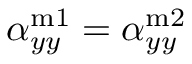
\alpha _ { y y } ^ { \mathrm { m 1 } } = \alpha _ { y y } ^ { \mathrm { m 2 } }